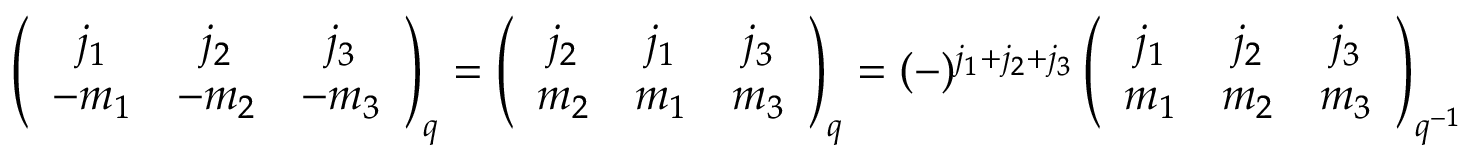
\left( \begin{array} { c c c } { { j _ { 1 } } } & { { j _ { 2 } } } & { { j _ { 3 } } } \\ { { - m _ { 1 } } } & { { - m _ { 2 } } } & { { - m _ { 3 } } } \end{array} \right) _ { q } = \left( \begin{array} { c c c } { { j _ { 2 } } } & { { j _ { 1 } } } & { { j _ { 3 } } } \\ { { m _ { 2 } } } & { { m _ { 1 } } } & { { m _ { 3 } } } \end{array} \right) _ { q } = ( - ) ^ { j _ { 1 } + j _ { 2 } + j _ { 3 } } \left( \begin{array} { c c c } { { j _ { 1 } } } & { { j _ { 2 } } } & { { j _ { 3 } } } \\ { { m _ { 1 } } } & { { m _ { 2 } } } & { { m _ { 3 } } } \end{array} \right) _ { q ^ { - 1 } }